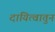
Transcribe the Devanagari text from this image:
दायित्वातुन